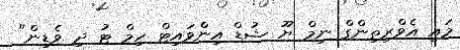
މައި އެވްރިތިންގް ނިމް ޔޫ ޝުޑް އިންވައިޓް ހިމް ޓު ދި ވެޑިން"